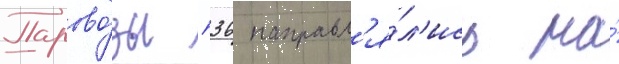
Парово́зы п36 направл'я́л'ись на́